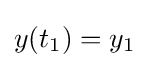
y(t_{1})=y_{1}